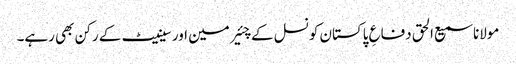
مولانا سمیع الحق دفاعِ پاکستان کونسل کے چئیرمین اور سینیٹ کے رکن بھی رہے۔